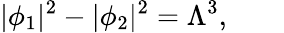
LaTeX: |\phi_{1}|^{2}-|\phi_{2}|^{2}=\Lambda^{3},\qquad